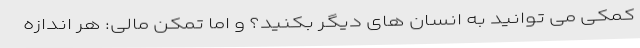
کمکی می توانید به انسان های دیگر بکنید؟ و اما تمکن مالی: هر اندازه